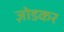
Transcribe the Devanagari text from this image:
ज़ोडकर